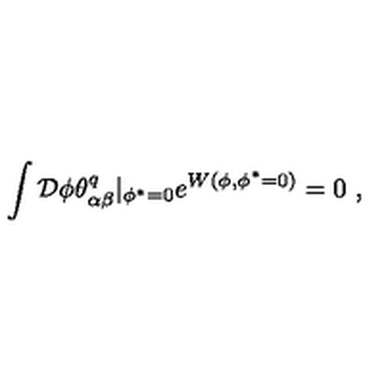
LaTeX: \int { \cal D } \phi \theta _ { \alpha \beta } ^ { q } | _ { \phi ^ { * } = 0 } e ^ { W ( \phi , \phi ^ { * } = 0 ) } = 0 \ ,